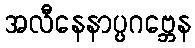
အလီနေနာပ္ပဂဗ္ဘေန